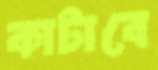
কাটাবে